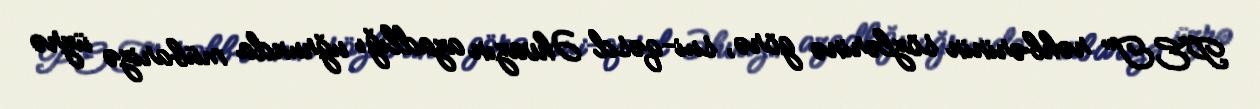
PET" rəhbərinin sözlərinə görə, sui-qəsd Əhvazın azadlığı uğrunda mübarizə üzrə